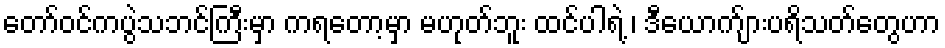
တော်ဝင်ကပွဲသဘင်ကြီးမှာ ကရတော့မှာ မဟုတ်ဘူး ထင်ပါရဲ့ ၊ ဒီယောက်ျားပရိသတ်တွေဟာ